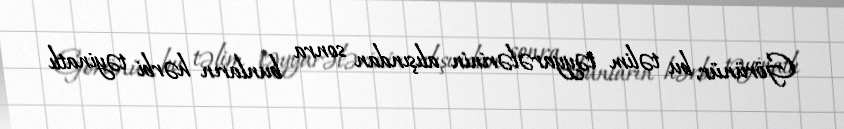
Görünür, bu təlim təyyarələrinin alışından sonra bunların hərbi təyinatlı